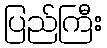
ပြည်ကြီး